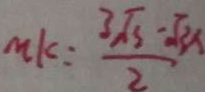
m k = \frac { 3 \sqrt { 3 } - \sqrt { 3 x } } { 2 }